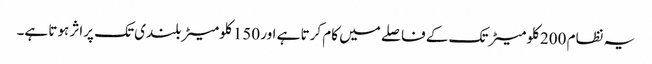
یہ نظام 200 کلومیٹر تک کے فاصلے میں کام کرتا ہے اور 150 کلومیٹر بلندی تک پراثر ہوتا ہے۔